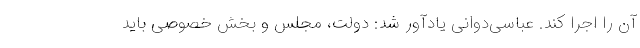
آن را اجرا کند. عباسی‌دوانی یادآور شد: دولت، مجلس و بخش خصوصی باید